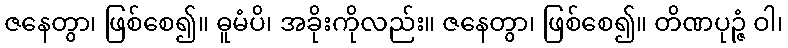
ဇနေတွာ၊ ဖြစ်စေ၍။ ဓူမံပိ၊ အခိုးကိုလည်း။ ဇနေတွာ၊ ဖြစ်စေ၍။ တိဏပုဉ္ဇံ ဝါ၊